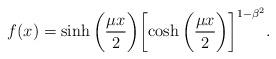
LaTeX: \begin{align*}f(x) =\sinh{\biggl(\frac{\mu x}{2}\biggr)}\biggl[\cosh{\biggl(\frac{\mu x}{2}\biggr)}\biggr]^{1 - \beta^2}.\end{align*}